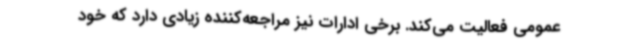
عمومی فعالیت می‌کند. برخی ادارات نیز مراجعه‌کننده زیادی دارد که خود